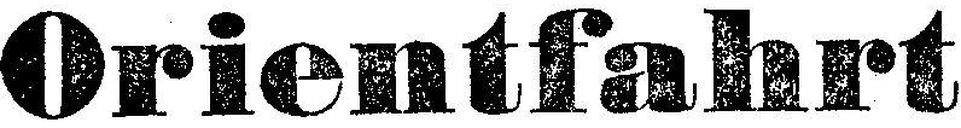
Orientfahrt